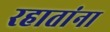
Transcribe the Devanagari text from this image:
रहातांना